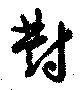
対